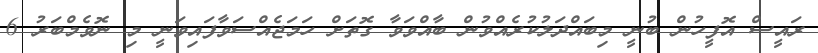
ރައީސް އޮފީހުން ބުނީ މިބައްދަލުކުރެއްވުން ބާއްވަވާ ގޮތަށް ހަމަޖެއްސަވާފައިވަނީ މި ނޮވެމްބަރު 6